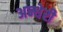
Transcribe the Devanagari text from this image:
अन्धेरी